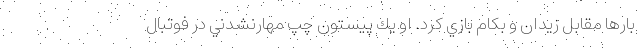
بارها مقابل زيدان و بكام بازي كرد. او يك پيستون چپ مهارنشدني در فوتبال